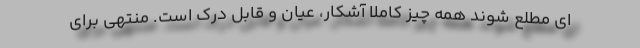
ای مطلع شوند همه چیز کاملا آشکار، عیان و قابل درک است. منتهی برای